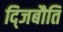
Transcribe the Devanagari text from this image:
द्जिबौति